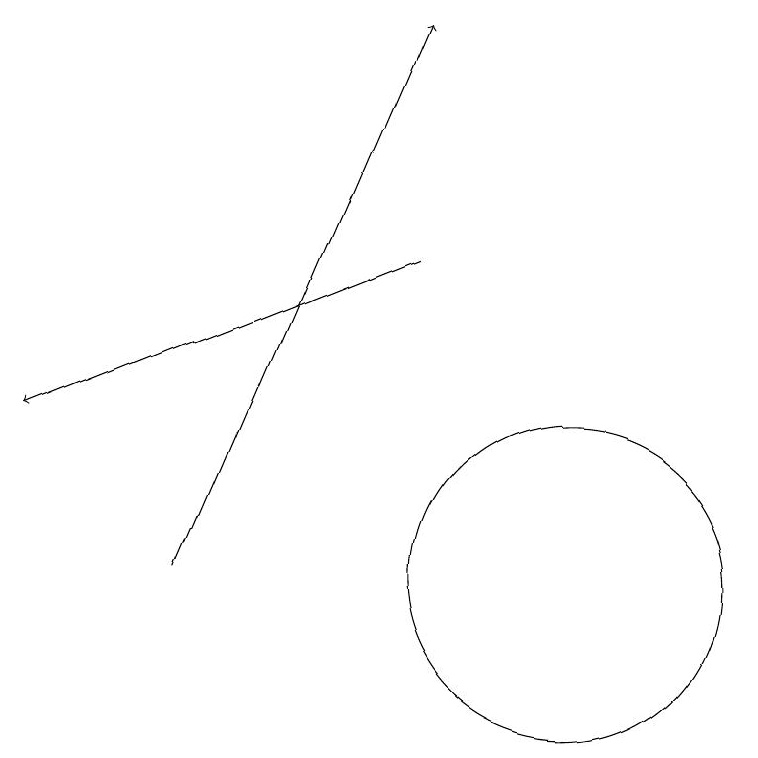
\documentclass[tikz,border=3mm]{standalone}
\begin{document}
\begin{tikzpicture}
\draw[->] (9,16) -- (4,14);
\draw (12,10) circle (0);
\draw (11,12) circle (2);
\draw[->] (6,12) -- (9,19);
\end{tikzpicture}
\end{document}